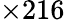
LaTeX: \times 216